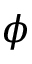
\phi